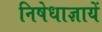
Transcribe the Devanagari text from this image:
निषेधाज्ञायें